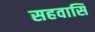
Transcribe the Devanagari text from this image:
सहवासि